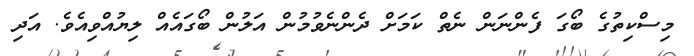
މިސްކިތުގެ ބޯގަ ފެންނަން ނެތް ކަމަށް ދެންނެވުމުން އަލުން ބޯގައެއް ލިޔުއްވިއެވެ. އަދި